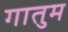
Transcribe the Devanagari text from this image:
गातुम